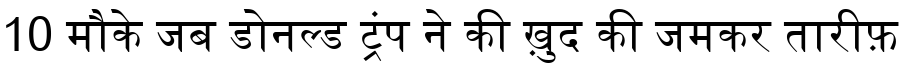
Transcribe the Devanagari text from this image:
10 मौके जब डोनल्ड ट्रंप ने की ख़ुद की जमकर तारीफ़